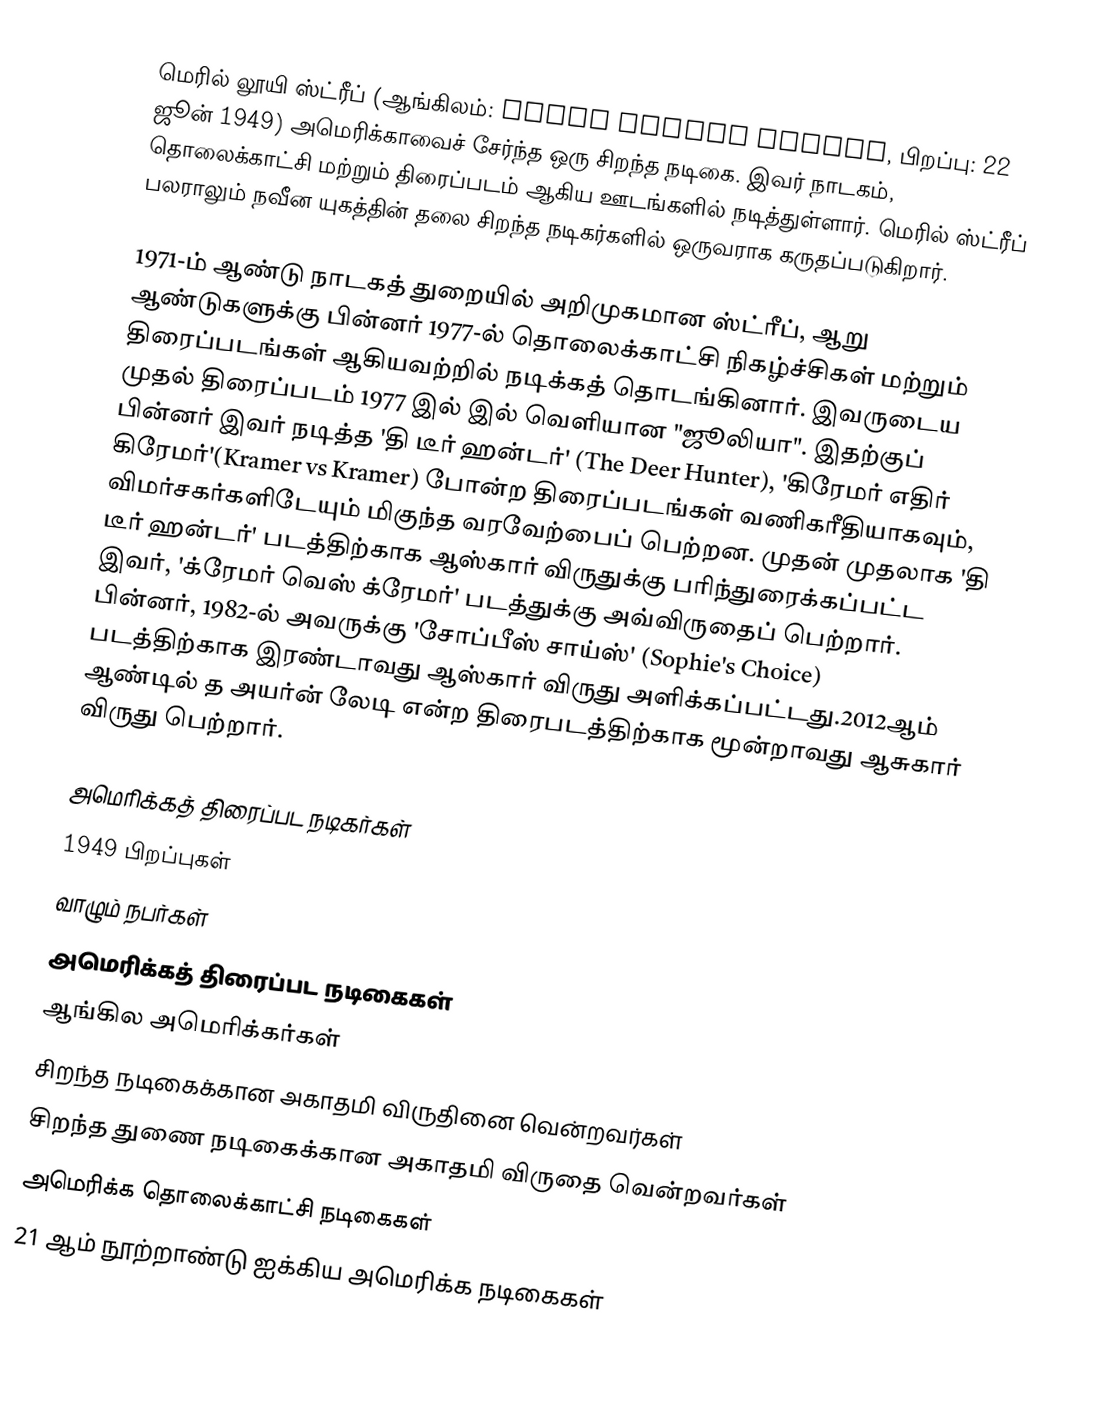
மெரில் லூயி ஸ்ட்ரீப் (ஆங்கிலம்: Meryl Louise Streep, பிறப்பு: 22 ஜூன் 1949) அமெரிக்காவைச் சேர்ந்த ஒரு சிறந்த நடிகை. இவர் நாடகம், தொலைக்காட்சி மற்றும் திரைப்படம் ஆகிய ஊடங்களில் நடித்துள்ளார். மெரில் ஸ்ட்ரீப் பலராலும் நவீன யுகத்தின் தலை சிறந்த நடிகர்களில் ஒருவராக கருதப்படுகிறார்.

1971-ம் ஆண்டு நாடகத் துறையில் அறிமுகமான ஸ்ட்ரீப், ஆறு ஆண்டுகளுக்கு பின்னர் 1977-ல் தொலைக்காட்சி நிகழ்ச்சிகள் மற்றும் திரைப்படங்கள் ஆகியவற்றில் நடிக்கத் தொடங்கினார். இவருடைய முதல் திரைப்படம் 1977 இல் இல் வெளியான "ஜூலியா". இதற்குப் பின்னர் இவர் நடித்த 'தி டீர் ஹன்டர்' (The Deer Hunter), 'கிரேமர் எதிர் கிரேமர்'(Kramer vs Kramer) போன்ற திரைப்படங்கள் வணிகரீதியாகவும், விமர்சகர்களிடேயும் மிகுந்த வரவேற்பைப் பெற்றன. முதன் முதலாக 'தி டீர் ஹன்டர்' படத்திற்காக ஆஸ்கார் விருதுக்கு பரிந்துரைக்கப்பட்ட இவர், 'க்ரேமர் வெஸ் க்ரேமர்' படத்துக்கு அவ்விருதைப் பெற்றார். பின்னர், 1982-ல் அவருக்கு 'சோப்பீஸ் சாய்ஸ்' (Sophie's Choice) படத்திற்காக இரண்டாவது ஆஸ்கார் விருது அளிக்கப்பட்டது.2012ஆம் ஆண்டில் த அயர்ன் லேடி என்ற திரைபடத்திற்காக மூன்றாவது ஆசுகார் விருது பெற்றார்.

அமெரிக்கத் திரைப்பட நடிகர்கள்
1949 பிறப்புகள்
வாழும் நபர்கள்
அமெரிக்கத் திரைப்பட நடிகைகள்
ஆங்கில அமெரிக்கர்கள்
சிறந்த நடிகைக்கான அகாதமி விருதினை வென்றவர்கள்
சிறந்த துணை நடிகைக்கான அகாதமி விருதை வென்றவர்கள்
அமெரிக்க தொலைக்காட்சி நடிகைகள்
21 ஆம் நூற்றாண்டு ஐக்கிய அமெரிக்க நடிகைகள்